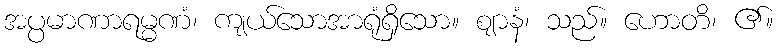
အပ္ပမာဏာရမ္မဏံ၊ ကျယ်သောအာရုံရှိသော။ ဈာနံ၊ သည်။ ဟောတိ၊ ၏။